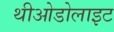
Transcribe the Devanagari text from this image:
थीओडोलाइट